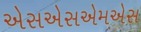
એસએસએમએસ